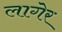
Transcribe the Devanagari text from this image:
लागेर